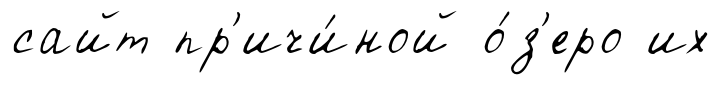
сайт пр'ичи́ной о́з'еро их